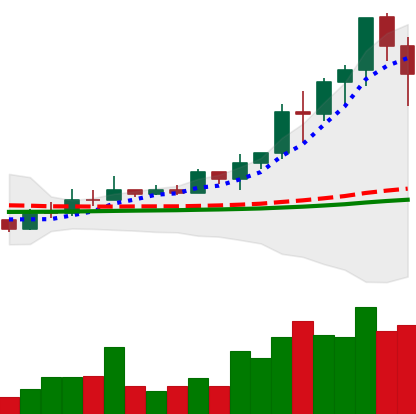
Ticker: EOS-USD
Chart end date: 2021-02-15
Forward return: 3.664%
Label: up_3_5